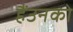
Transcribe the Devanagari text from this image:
हैंउनको